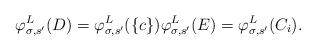
LaTeX: \begin{align*}\varphi^L_{\sigma, s'}(D) = \varphi^L_{\sigma, s'}(\{c\}) \varphi^L_{\sigma, s'}(E) = \varphi^L_{\sigma, s'}(C_i).\end{align*}